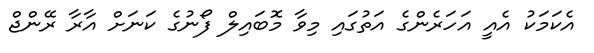
އެކަމަކު އެއީ އަހަރެންގެ އަތުގައި މިވާ މޮބައިލް ފޯނުގެ ކަނަށް އާރާ ރޭންޖް